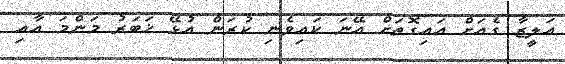
އަލީޒާ ގެއަށް އައިގޮތަށް އޭނަ ކައިވެނި ކުރަން އުޅޭ ޚަބަރު މަންމަ އާއި